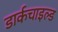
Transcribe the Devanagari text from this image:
डार्कचाइल्ड